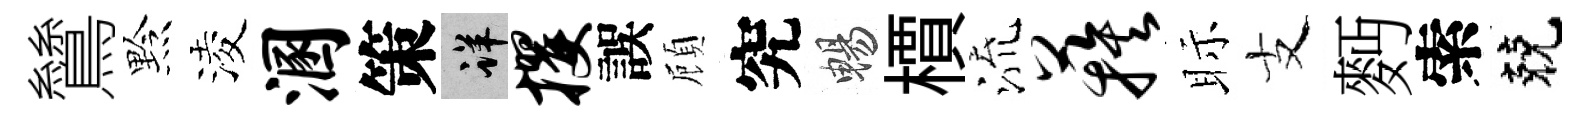
鷥黔淩溷策详攫誤頋究暢檟流蔟眎支麪索兢